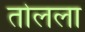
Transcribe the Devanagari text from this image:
तोलला